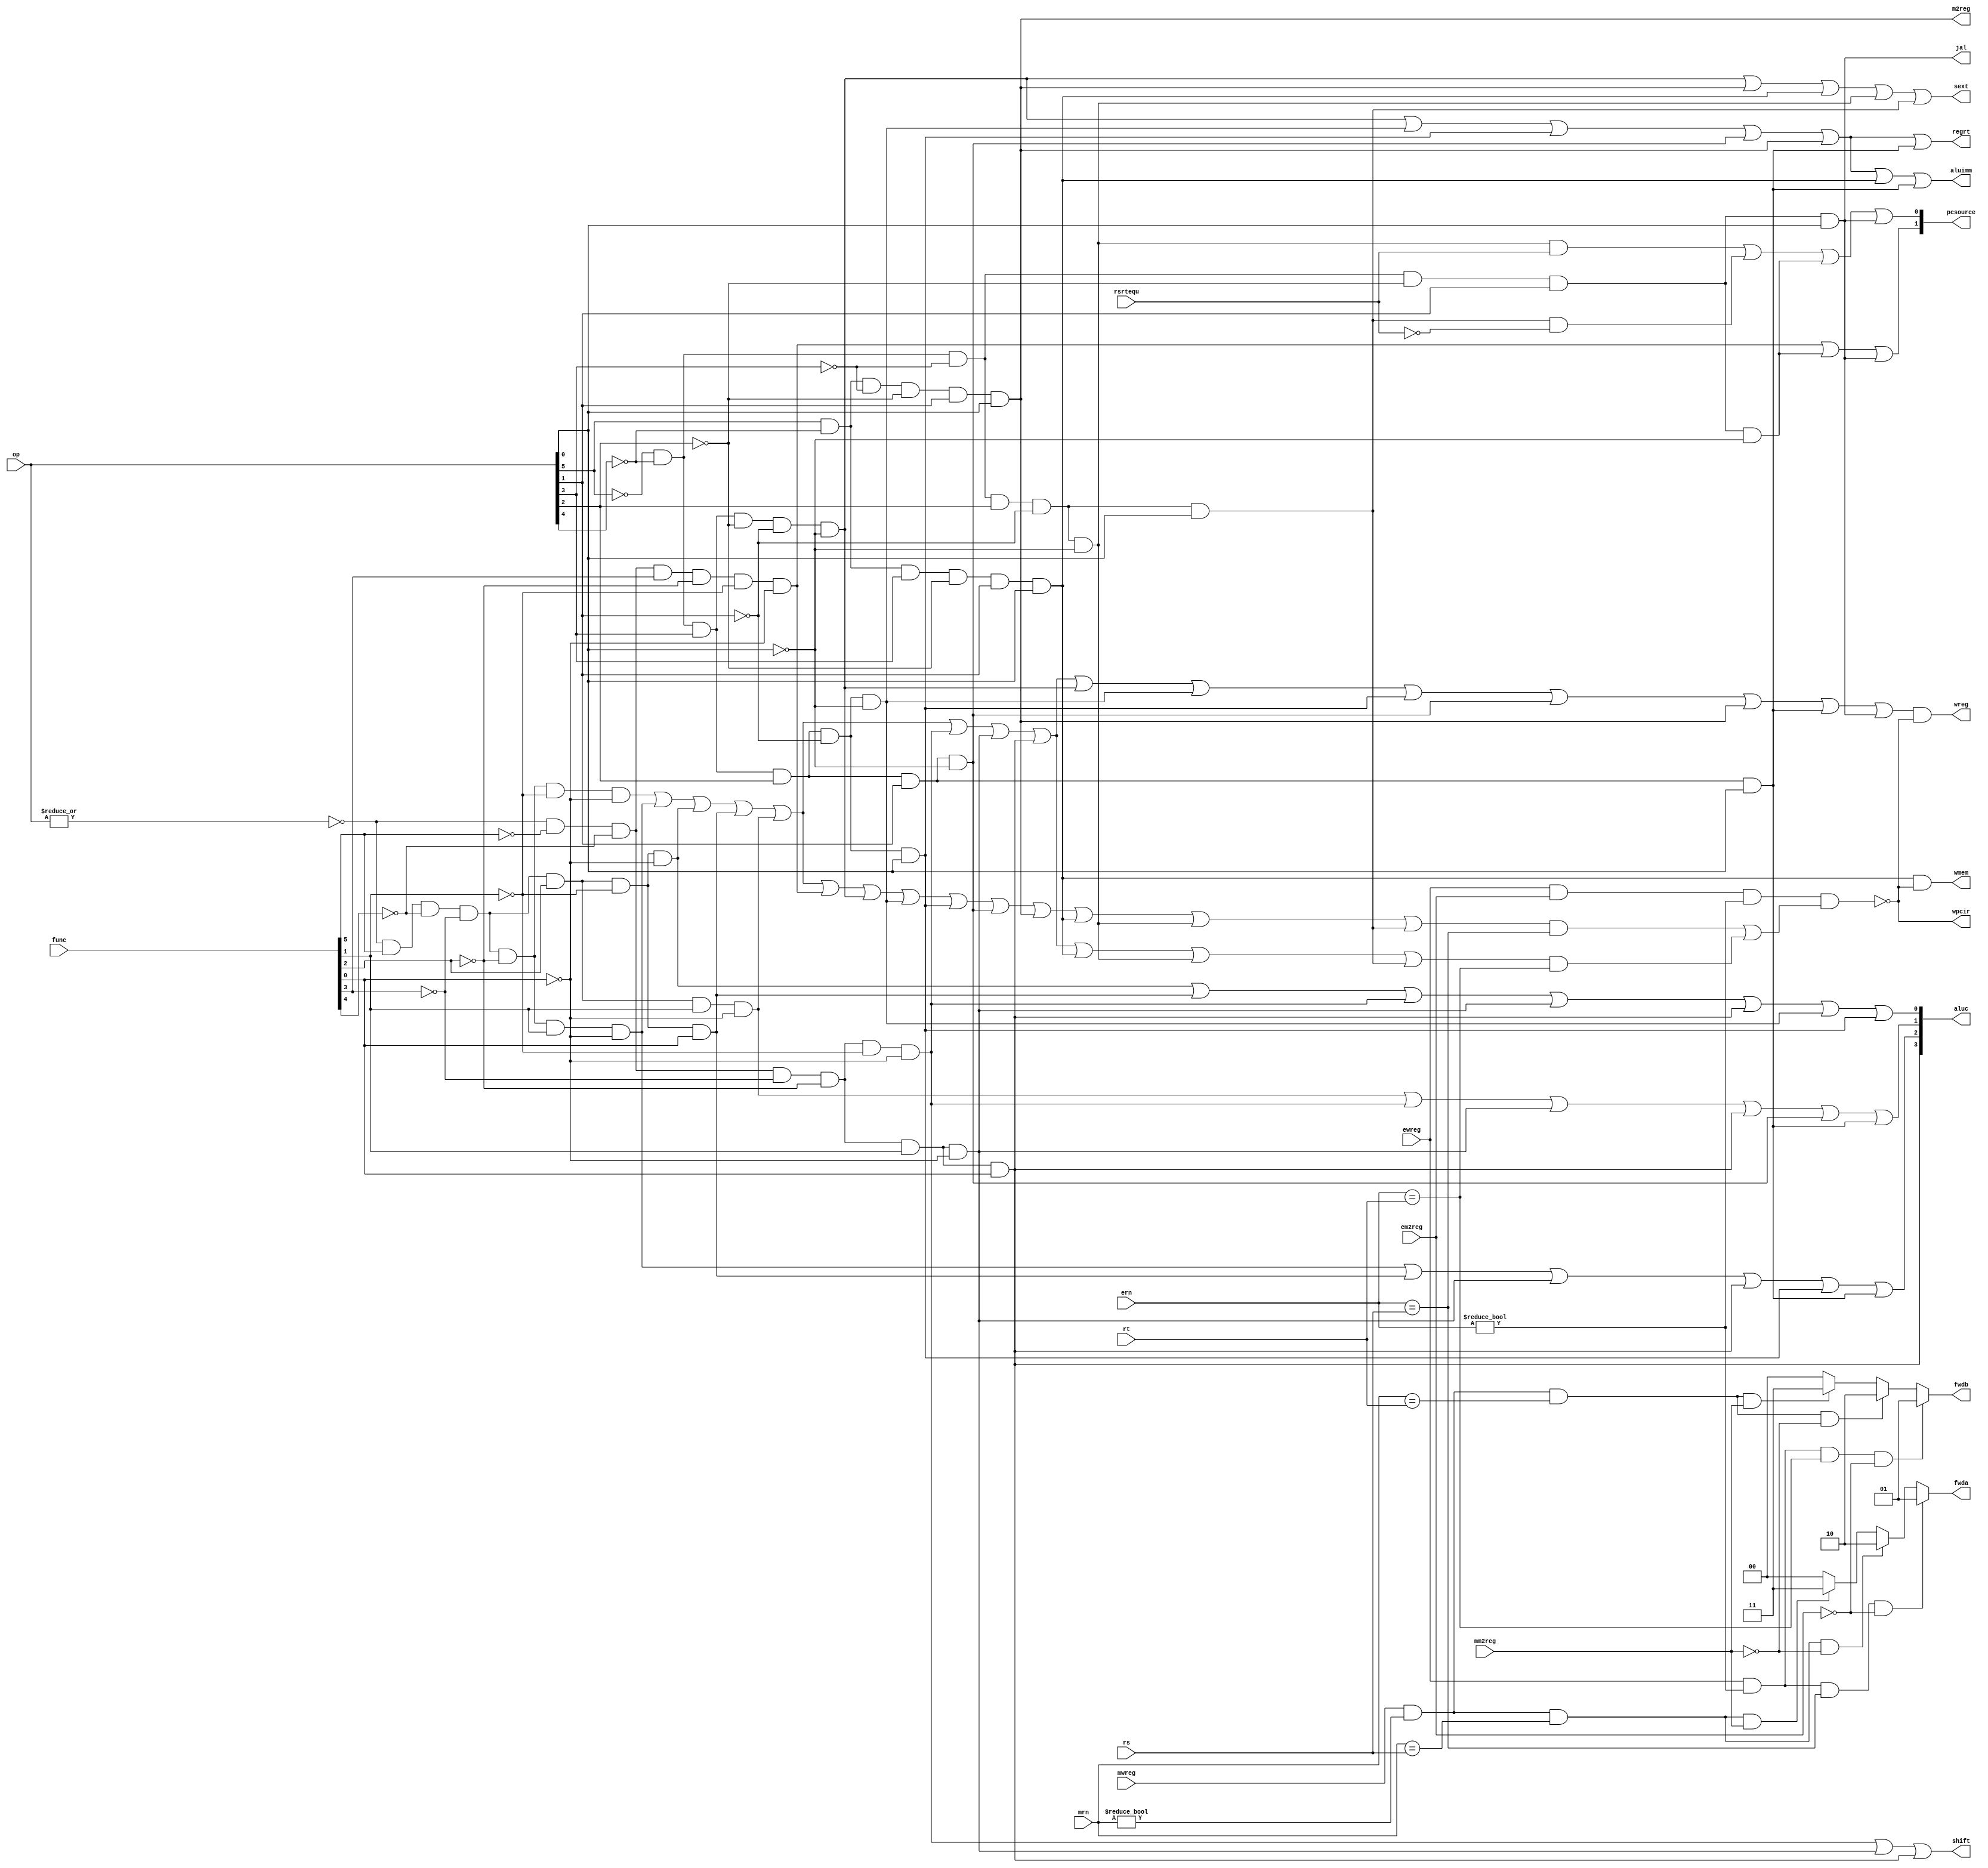
module sc_cu (mwreg,mrn,ern,ewreg,em2reg,mm2reg,rsrtequ,func,op,rs,rt,
					wreg,m2reg,wmem,aluc,regrt,aluimm,fwda,fwdb,wpcir,sext,
					pcsource,shift,jal);	
   input  [5:0] op,func;
	input	 [4:0] rs,rt,mrn,ern;
   input        rsrtequ;
	input			 mwreg,ewreg,em2reg,mm2reg;
   output       wreg,regrt,jal,m2reg,shift,aluimm,sext,wmem;
   output [3:0] aluc;
   output [1:0] pcsource;
	output [1:0] fwda,fwdb;
	output 		 wpcir;
	reg[1:0]		 fwda,fwdb;
   wire r_type = ~|op;
   wire i_add = r_type & func[5] & ~func[4] & ~func[3] &
                ~func[2] & ~func[1] & ~func[0];    //10 0000
   wire i_sub = r_type & func[5] & ~func[4] & ~func[3] &
                ~func[2] &  func[1] & ~func[0];    //10 0010
      
   //  please complete the deleted code.
   
   wire i_and =  r_type & func[5] & ~func[4] & ~func[3] &
                func[2] & ~func[1] & ~func[0];     //10 0100
   wire i_or  = r_type & func[5] & ~func[4] & ~func[3] &
                func[2] & ~func[1] & func[0]; 		//10 0101

   wire i_xor = r_type & func[5] & ~func[4] & ~func[3] &
                func[2] & func[1] & ~func[0]; 		//10 0110
   wire i_sll = r_type & ~func[5] & ~func[4] & ~func[3] &
                ~func[2] & ~func[1] & ~func[0]; 	//00 0000
   wire i_srl = r_type & ~func[5] & ~func[4] & ~func[3] &
                ~func[2] & func[1] & ~func[0]; 		//00 0010
   wire i_sra = r_type & ~func[5] & ~func[4] & ~func[3] &
                ~func[2] & func[1] & func[0]; 		//00 0011
   wire i_jr  = r_type & ~func[5] & ~func[4] & func[3] &
                ~func[2] & ~func[1] & ~func[0];  	//00 1000
                
   wire i_addi = ~op[5] & ~op[4] &  op[3] & ~op[2] & ~op[1] & ~op[0]; //001000
   wire i_andi = ~op[5] & ~op[4] &  op[3] &  op[2] & ~op[1] & ~op[0]; //001100
   wire i_ori  = ~op[5] & ~op[4] &  op[3] &  op[2] & ~op[1] &  op[0]; //001101
   wire i_xori = ~op[5] & ~op[4] &  op[3] &  op[2] &  op[1] & ~op[0]; //001110
   wire i_lw   =  op[5] & ~op[4] & ~op[3] & ~op[2] &  op[1] &  op[0]; //100011  
   wire i_sw   =  op[5] & ~op[4] &  op[3] & ~op[2] &  op[1] &  op[0]; //101011 
   wire i_beq  = ~op[5] & ~op[4] & ~op[3] &  op[2] & ~op[1] & ~op[0]; //000100
   wire i_bne  = ~op[5] & ~op[4] & ~op[3] &  op[2] & ~op[1] &  op[0];  //000101 
   wire i_lui  = ~op[5] & ~op[4] &  op[3] &  op[2] &  op[1] &  op[0]; //001111
   wire i_j    = ~op[5] & ~op[4] & ~op[3] & ~op[2] &  op[1] & ~op[0]; //000010
   wire i_jal  = ~op[5] & ~op[4] & ~op[3] & ~op[2] &  op[1] &  op[0]; //000011
   //use rs
	wire i_rs = i_add | i_sub | i_and | i_or | i_xor | i_jr | i_addi |
					i_andi | i_ori | i_xori | i_lw | i_sw | i_beq | i_bne;
	//use rt				
	wire i_rt = i_add | i_sub | i_and | i_or | i_xor | i_sll | i_srl |
					i_sra | i_sw | i_beq | i_bne;
					
	assign wpcir = ~(ewreg & em2reg & (ern != 0) & (i_rs &(ern == rs)| i_rt & (ern == rt)));//0:STALL

	//00:pc+4 01:bpc 10:da 11:jpc
   assign pcsource[1] = i_jr | i_j | i_jal;
   assign pcsource[0] = ( i_beq & rsrtequ ) | (i_bne & ~rsrtequ) | i_j | i_jal ;
   
	//write register
   assign wreg = (i_add | i_sub | i_and | i_or   | i_xor  |
                 i_sll | i_srl | i_sra | i_addi | i_andi |
                 i_ori | i_xori | i_lw | i_lui  | i_jal) & wpcir;
	//write mem
	assign wmem    = i_sw & wpcir;

	// ALU related
   assign aluc[3] = i_sra;      // complete by yourself.
   assign aluc[2] = i_sub | i_or | i_srl | i_sra | i_ori | i_lui; 
   assign aluc[1] = i_xor | i_sll | i_srl | i_sra | i_xori | i_lui;
   assign aluc[0] = i_and | i_or | i_sll | i_srl | i_sra | i_andi | i_ori;
   assign shift   = i_sll | i_srl | i_sra ;

   assign aluimm  = i_addi | i_andi | i_ori | i_xori | i_lw | i_sw | i_lui;      // complete by yourself.
   // sign extend
	assign sext    = i_addi | i_lw | i_sw | i_beq | i_bne;
	
	//mem out to rn
   assign m2reg   = i_lw;
	//1: rt as rn 0: rd as rn 
   assign regrt   = i_addi | i_andi | i_ori | i_xori | i_lw  | i_lui;
	// return adrress register as rn and adrress as mem out 
   assign jal     = i_jal;

	always @ (ewreg or mwreg or ern or mrn or em2reg or mm2reg or rs or rt )
		begin
		//rd
		fwda =2'b00;
		if (ewreg & (ern != 0 ) & (ern == rs) & ~em2reg)	//alu need the result of prev-inst rd = rs
			begin
			fwda = 2'b01;
			end 
		else 
			begin
			if (mwreg & (mrn != 0 ) & (mrn == rs) & ~mm2reg)//alu need the result of the second inst before it   rd = rs
				begin
				fwda = 2'b10;
				end 
			else 
				begin
				if (mwreg & (mrn != 0) & (mrn == rs) & mm2reg)//alu need the memery output of the second inst before it   rd = rs
					begin
					fwda = 2'b11;
					end
				end
			end
		//rt
		fwdb = 2'b00;
		if (ewreg & (ern !=0 ) & (ern == rt) & ~em2reg)
			begin
			fwdb = 2'b01;
			end 
		else 
			begin
			if (mwreg & (mrn != 0) & (mrn == rt) & ~mm2reg)
				begin
				fwdb = 2'b10 ;
				end 
			else 
				begin
				if (mwreg & (mrn != 0 ) & (mrn == rt) & mm2reg )
					begin
					fwdb =2'b11;
					end
				end
			end
		end
  
endmodule